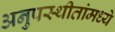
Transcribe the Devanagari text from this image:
अनुपस्थीतांमध्ये